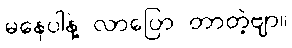
မနေပါနဲ့ လာပြော တာတဲ့ဗျာ။